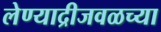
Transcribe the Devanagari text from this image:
लेण्याद्रीजवळच्या